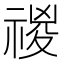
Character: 𥚾